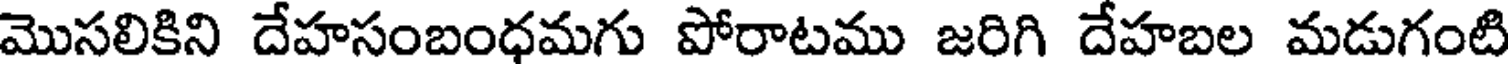
మొసలికిని దేహసంబంధమగు పోరాటము జరిగి దేహబల మడుగంటి